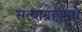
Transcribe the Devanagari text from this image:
सत्याग्रहांमधे